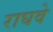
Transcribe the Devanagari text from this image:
राघवे